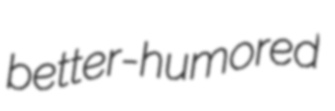
better-humored